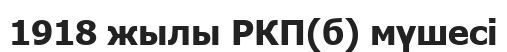
1918 жылы РКП(б) мүшесі